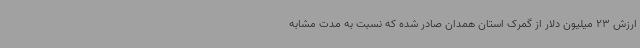
ارزش 23 میلیون دلار از گمرک استان همدان صادر شده که نسبت به مدت مشابه